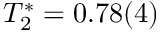
T _ { 2 } ^ { * } = 0 . 7 8 ( 4 )